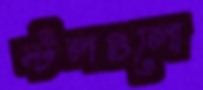
স্টলগুলো